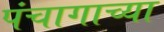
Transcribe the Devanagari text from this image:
पंचागाच्या